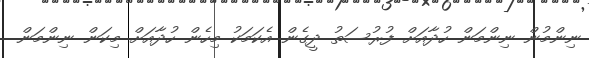
ނިންމުން ނިންމަން ހުދާއަށް ފުރުސަތު ދީގެން އެކަމަކު މިހެން ހުދާއަށް މިކަން ނިންމަން